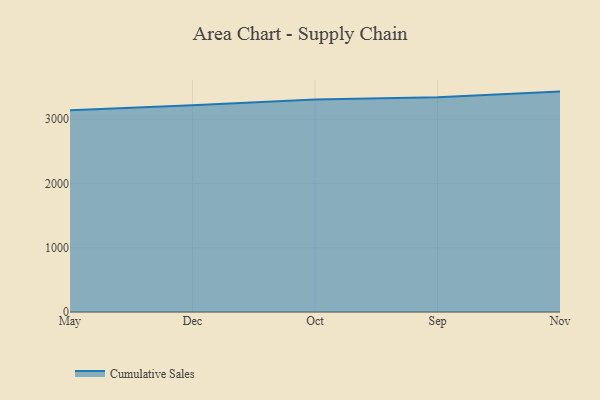
{"axis": {"x": "Month", "y": "Operating Costs (USD K)"}, "legend": ["Cumulative Sales"], "data": [{"x": "May", "y": 3138.6, "type": "Cumulative Sales"}, {"x": "Dec", "y": 3216.9, "type": "Cumulative Sales"}, {"x": "Oct", "y": 3308.6, "type": "Cumulative Sales"}, {"x": "Sep", "y": 3341.3, "type": "Cumulative Sales"}, {"x": "Nov", "y": 3430.2, "type": "Cumulative Sales"}]}